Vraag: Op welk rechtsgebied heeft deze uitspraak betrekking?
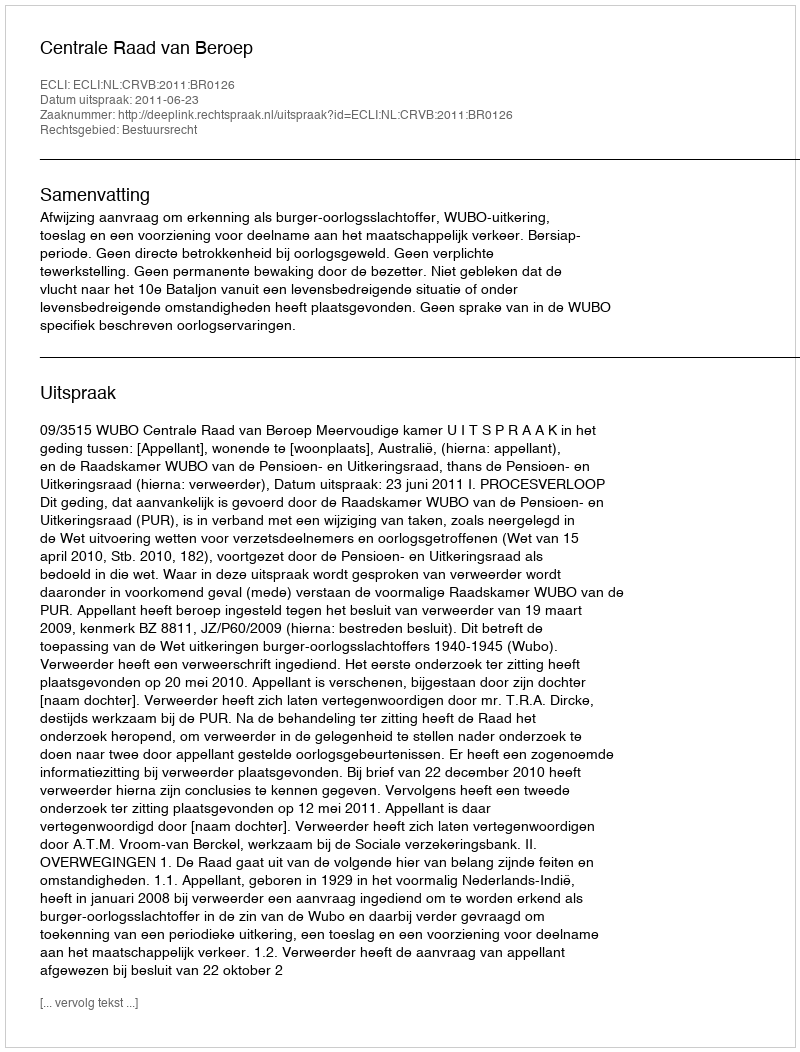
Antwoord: Bestuursrecht